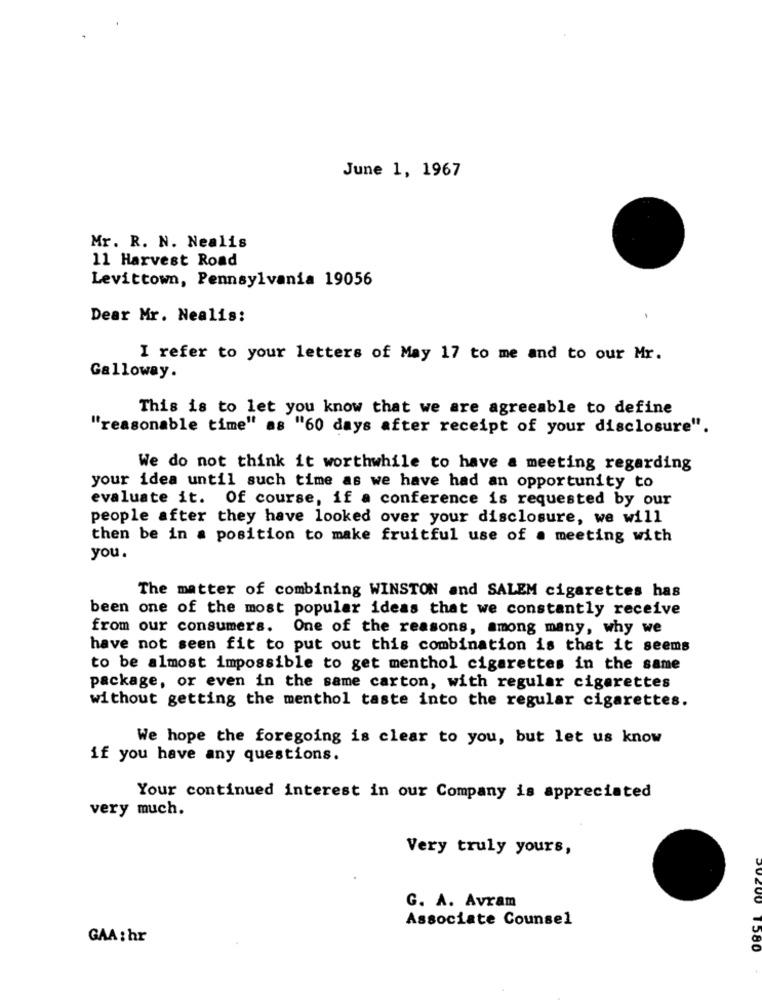
June 1, 1967
Mr. R. N. Nealis
11 Harvest Road
Levittown, Pennsylvania 19056
Dear Mr. Nealis:
I refer to your letters of May 17 to me and to our Mr.
Galloway.
This is to let you know that we are agreeable to define
"reasonable time" as "60 days after receipt of your disclosure".
We do not think it worthwhile to have a meeting regarding
your idea until such time as we have had an opportunity to
evaluate it. Of course, if a conference is requested by our
people after they have looked over your disclosure, we will
then be in a position to make fruitful use of a meeting with
you.
The matter of combining WINSTON and SALEM cigarettes has
been one of the most popular ideas that we constantly receive
from our consumers. One of the reasons, among many, why we
have not seen fit to put out this combination is that it seems
to be almost impossible to get menthol cigarettes in the same
package, or even in the same carton, with regular cigarettes
without getting the menthol taste into the regular cigarettes.
We hope the foregoing is clear to you, but let us know
if you have any questions.
Your continued interest in our Company is appreciated
very much.
Very truly yours,
G. A. Avram
ORCI
Associate Counsel
GAA : hr